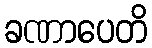
ခဏာပေတိ